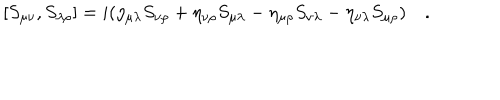
[ S _ { \mu \nu } , S _ { \lambda \rho } ] = i ( \eta _ { \mu \lambda } S _ { \nu \rho } + \eta _ { \nu \rho } S _ { \mu \lambda } - \eta _ { \mu \rho } S _ { \nu \lambda } - \eta _ { \nu \lambda } S _ { \mu \rho } ) ~ .